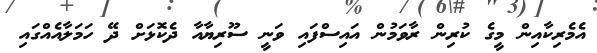
އެމެރިކާއިން މީގެ ކުރިން ރާވަމުން އައިސްފައި ވަނީ ސޫރިޔާއާ ދެކޮޅަށް ދޭ ހަމަލާއެއްގައި